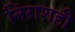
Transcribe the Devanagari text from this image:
निराशही